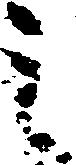
之